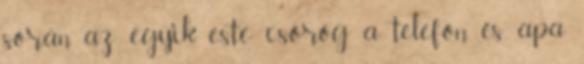
során az egyik este csörög a telefon és apa